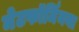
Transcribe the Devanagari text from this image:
मेटफॉर्मिनया